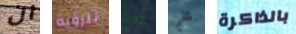
ان للرؤية هنا علي بالذاكرة